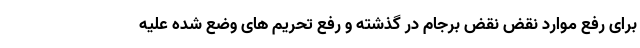
برای رفع موارد نقض نقض برجام در گذشته و رفع تحریم های وضع شده علیه